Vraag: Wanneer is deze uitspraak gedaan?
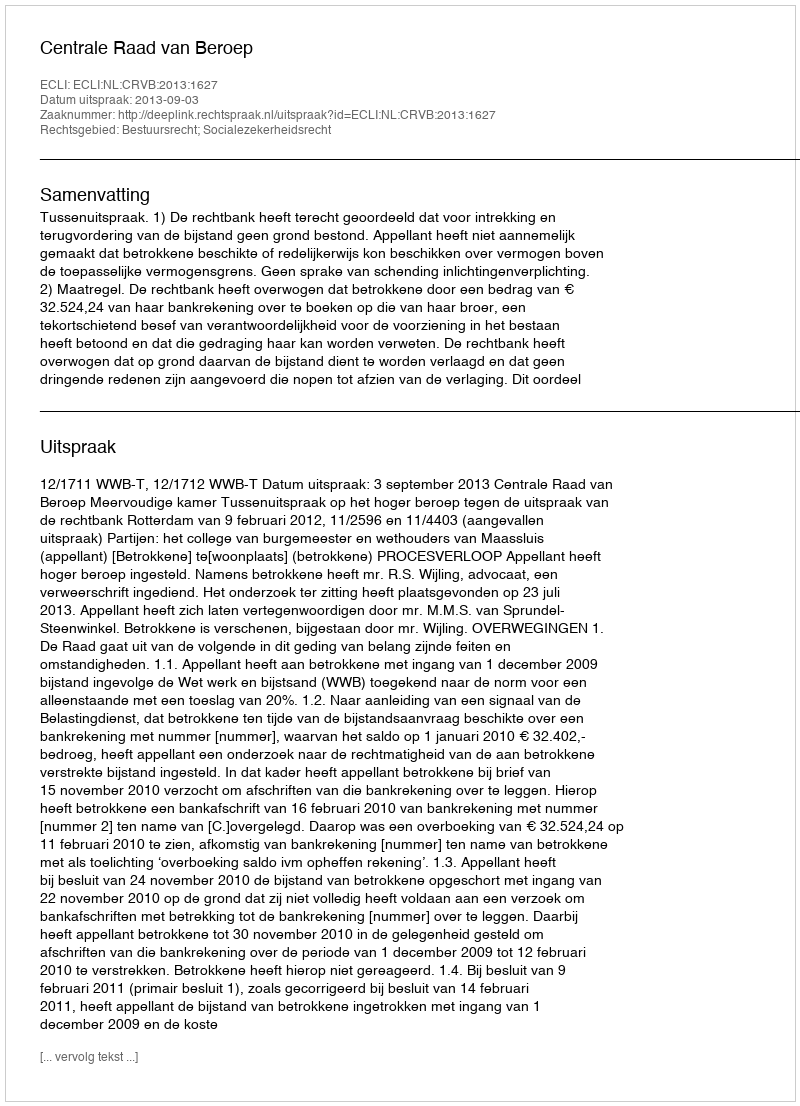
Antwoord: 2013-09-03